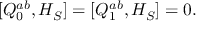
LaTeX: [ Q _ { 0 } ^ { a b } , { \cal H } _ { S } ] = [ Q _ { 1 } ^ { a b } , { \cal H } _ { S } ] = 0 .